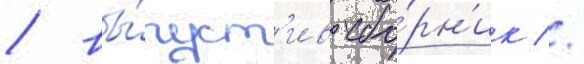
/ вы́пуст'ив сбо́рн'ик //